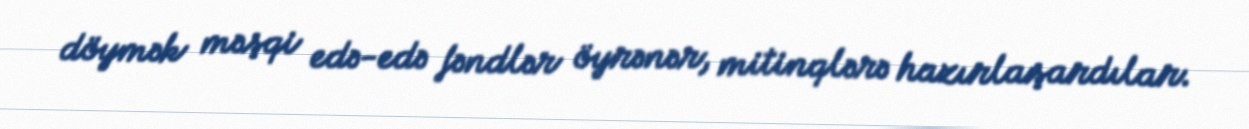
döymək məşqi edə-edə fəndlər öyrənər, mitinqlərə hazırlaşardılar.